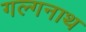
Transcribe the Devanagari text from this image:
गल्गनाथ